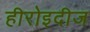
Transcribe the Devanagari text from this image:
हीरोइदीज